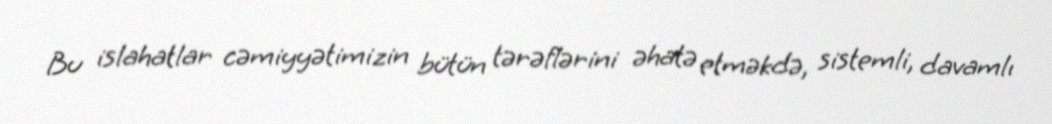
Bu islahatlar cəmiyyətimizin bütün tərəflərini əhatə etməkdə, sistemli, davamlı